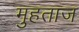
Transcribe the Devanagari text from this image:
मुहताज